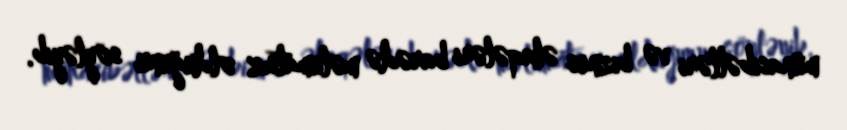
münasibətləri və biznes əlaqələri barədə məlumatsız olduğunu söyləyib.